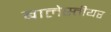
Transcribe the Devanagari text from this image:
बालेस्तीयर